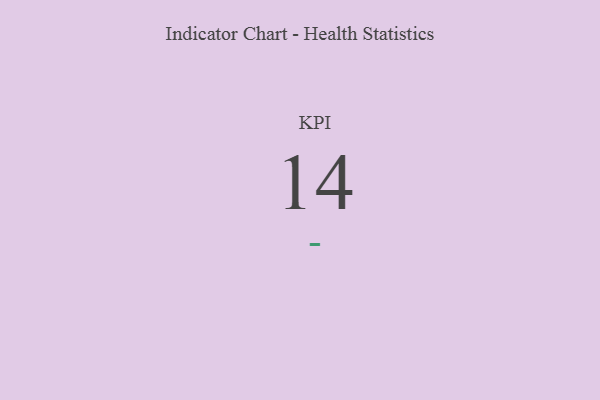
{"axis": {"x": "KPI", "y": "Value"}, "legend": [""], "data": [{"x": "KPI", "y": 14, "type": ""}]}